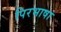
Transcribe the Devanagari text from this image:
पिरभाषा